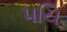
પચિ